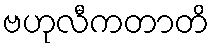
ဗဟုလီကတာတိ